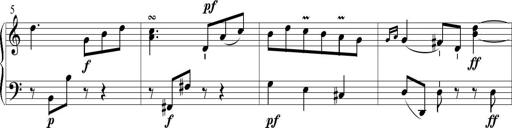
Title: 6 Leichte Sonatinen, Teil 1
Composer: F. Sigismund Sander